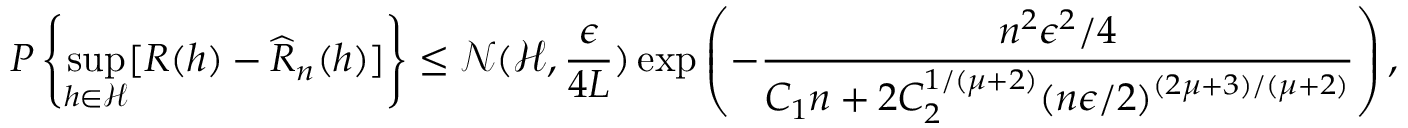
P \left\{ \underset { h \in \mathcal { H } } { \operatorname* { s u p } } [ R ( h ) - \widehat { R } _ { n } ( h ) ] \right\} \leq \mathcal { N } ( \mathcal { H } , \frac { \epsilon } { 4 L } ) \exp \left( - \frac { n ^ { 2 } \epsilon ^ { 2 } / 4 } { C _ { 1 } n + 2 C _ { 2 } ^ { 1 / ( \mu + 2 ) } ( n \epsilon / 2 ) ^ { ( 2 \mu + 3 ) / ( \mu + 2 ) } } \right) ,